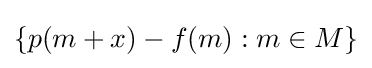
\{p(m+x)-f(m):m\in M\}